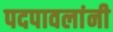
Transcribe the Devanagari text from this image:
पदपावलांनी